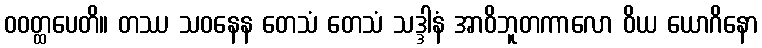
ဝဝတ္ထပေတိ။ တဿ သဝနေန တေသံ တေသံ သဒ္ဒါနံ အာဝိဘူတကာလော ဝိယ ယောဂိနော